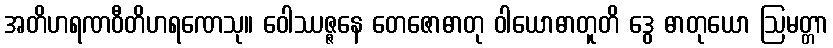
အတိဟရဏဝီတိဟရဏေသု။ ဝေါဿဇ္ဇနေ တေဇောဓာတု ဝါယောဓာတူတိ ဒွေ ဓာတုယော ဩမတ္တာ